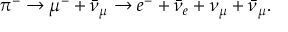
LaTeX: \pi ^ { - } \to \mu ^ { - } + \bar { \nu } _ { \mu } \to e ^ { - } + \bar { \nu } _ { e } + \nu _ { \mu } + \bar { \nu } _ { \mu } .